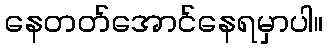
နေတတ်အောင်နေရမှာပါ။